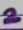
Text: 2